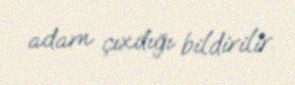
adam çıxdığı bildirilir.